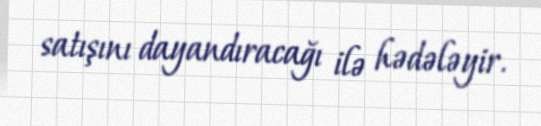
satışını dayandıracağı ilə hədələyir.